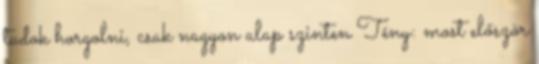
tudok horgolni, csak nagyon alap szinten Tény: most először